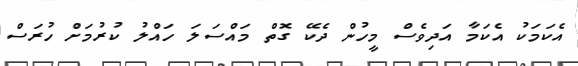
އެކަމަކު އެކަމާ އަދިވެސް މީހުން ދެކޭ ގޮތް މައްސަލަ ހައްލު ކުރުމަށް ހުރަސް